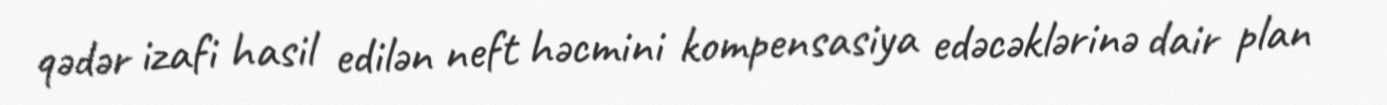
qədər izafi hasil edilən neft həcmini kompensasiya edəcəklərinə dair plan